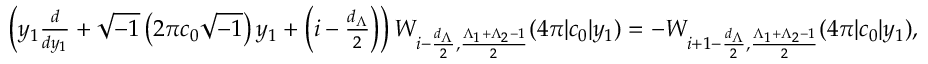
\begin{array} { r } { \left( y _ { 1 } \frac { d } { d y _ { 1 } } + \sqrt { - 1 } \left( 2 \pi c _ { 0 } \sqrt { - 1 } \right) y _ { 1 } + \left( i - \frac { d _ { \Lambda } } { 2 } \right) \right) W _ { i - \frac { d _ { \Lambda } } { 2 } , \frac { \Lambda _ { 1 } + \Lambda _ { 2 } - 1 } { 2 } } ( 4 \pi | c _ { 0 } | y _ { 1 } ) = - W _ { i + 1 - \frac { d _ { \Lambda } } { 2 } , \frac { \Lambda _ { 1 } + \Lambda _ { 2 } - 1 } { 2 } } ( 4 \pi | c _ { 0 } | y _ { 1 } ) , } \end{array}